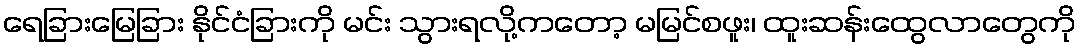
ရေခြားမြေခြား နိုင်ငံခြားကို မင်း သွားရလို့ကတော့ မမြင်စဖူး၊ ထူးဆန်းထွေလာတွေကို